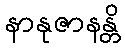
နာနုဇာနန္တိ